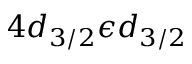
4 d _ { 3 / 2 } \epsilon d _ { 3 / 2 }